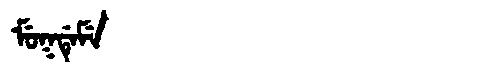
Manchu: ᠮᡠᡴᡩᡝᠮᡝ
Romanization: MUKDEME